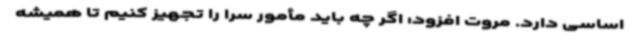
اساسی دارد. مروت افزود: اگر چه باید مأمور سرا را تجهیز کنیم تا همیشه